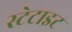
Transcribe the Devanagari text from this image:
स्टेटाइट